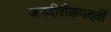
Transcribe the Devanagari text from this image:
जगदीशैकपदवीं